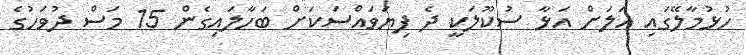
ހުޅުމާލޭގައި އަލަށް އަޅާ ސުކޫލަކީ ދެ ފިޔަވައްސަކަށް ބަހާލައިގެން 15 މަސް ދުވަހުގެ